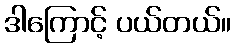
ဒါကြောင့် ပယ်တယ်။